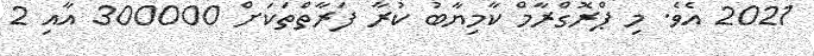
2021 އެވެ. މި ޕްރޮގްރާމް ކާމިޔާބު ކުރާ ފަރާތްތަކަށް 300000 އާއި 2